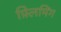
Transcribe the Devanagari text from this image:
फ़्लिमिंग